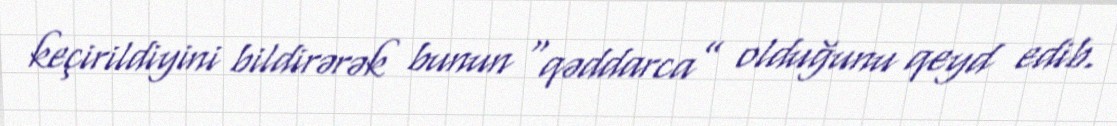
keçirildiyini bildirərək bunun “qəddarca” olduğunu qeyd edib.